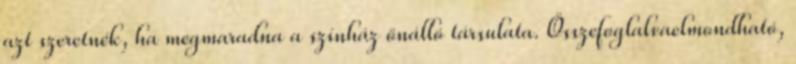
azt szeretnék, ha megmaradna a színház önálló társulata. Összefoglalvaelmondható,